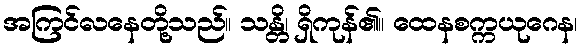
အကြင်လနေတို့သည်။ သန္တိ၊ ရှိကုန်၏။ ထေနစက္ကယုဂေန၊